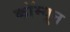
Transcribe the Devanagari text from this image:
कॉम्यून